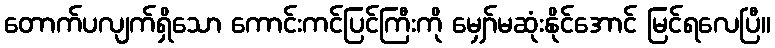
တောက်ပလျက်ရှိသော ကောင်းကင်ပြင်ကြီးကို မျှော်မဆုံးနိုင်အောင် မြင်ရလေပြီ။